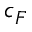
c _ { F }